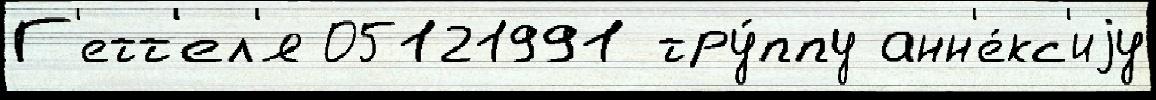
Г'етт'ел'я 05121991 тру́ппу анн'е́кс'иjу